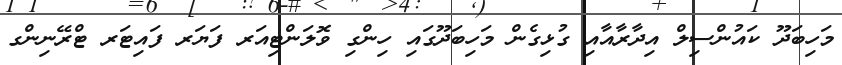
މަހިބަދޫ ކައުންސިލް އިދާރާއާއި ގުޅިގެން މަހިބަދޫގައި ހިންގި ވޮލަންޓިއަރ ފަޔަރ ފައިޓަރ ޓްރޭނިންގ